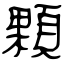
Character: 顆